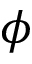
\phi